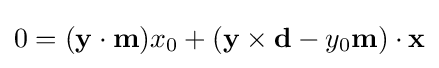
0=(\mathbf {y} \cdot \mathbf {m} )x_{0}+(\mathbf {y} \times \mathbf {d} -y_{0}\mathbf {m} )\cdot \mathbf {x}